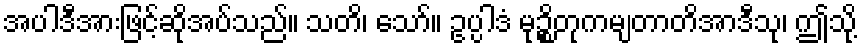
အပါဒီအားဖြင့်ဆိုအပ်သည်။ သတိ၊ သော်။ ဥပ္ပါဒံ မုဉ္စိတုကမျတာတိအာဒီသု၊ ဤသို့